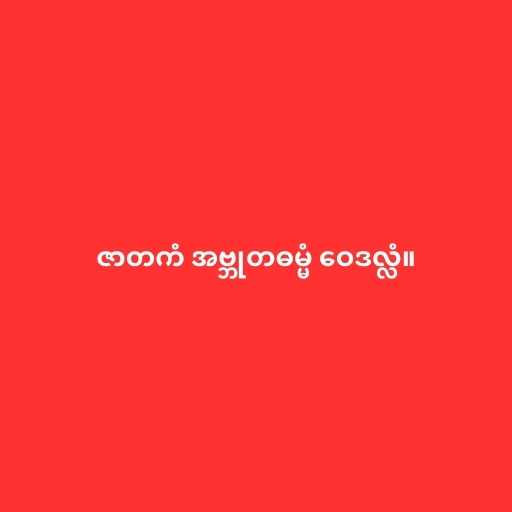
ဇာတကံ အဗ္ဘုတဓမ္မံ ဝေဒလ္လံ။